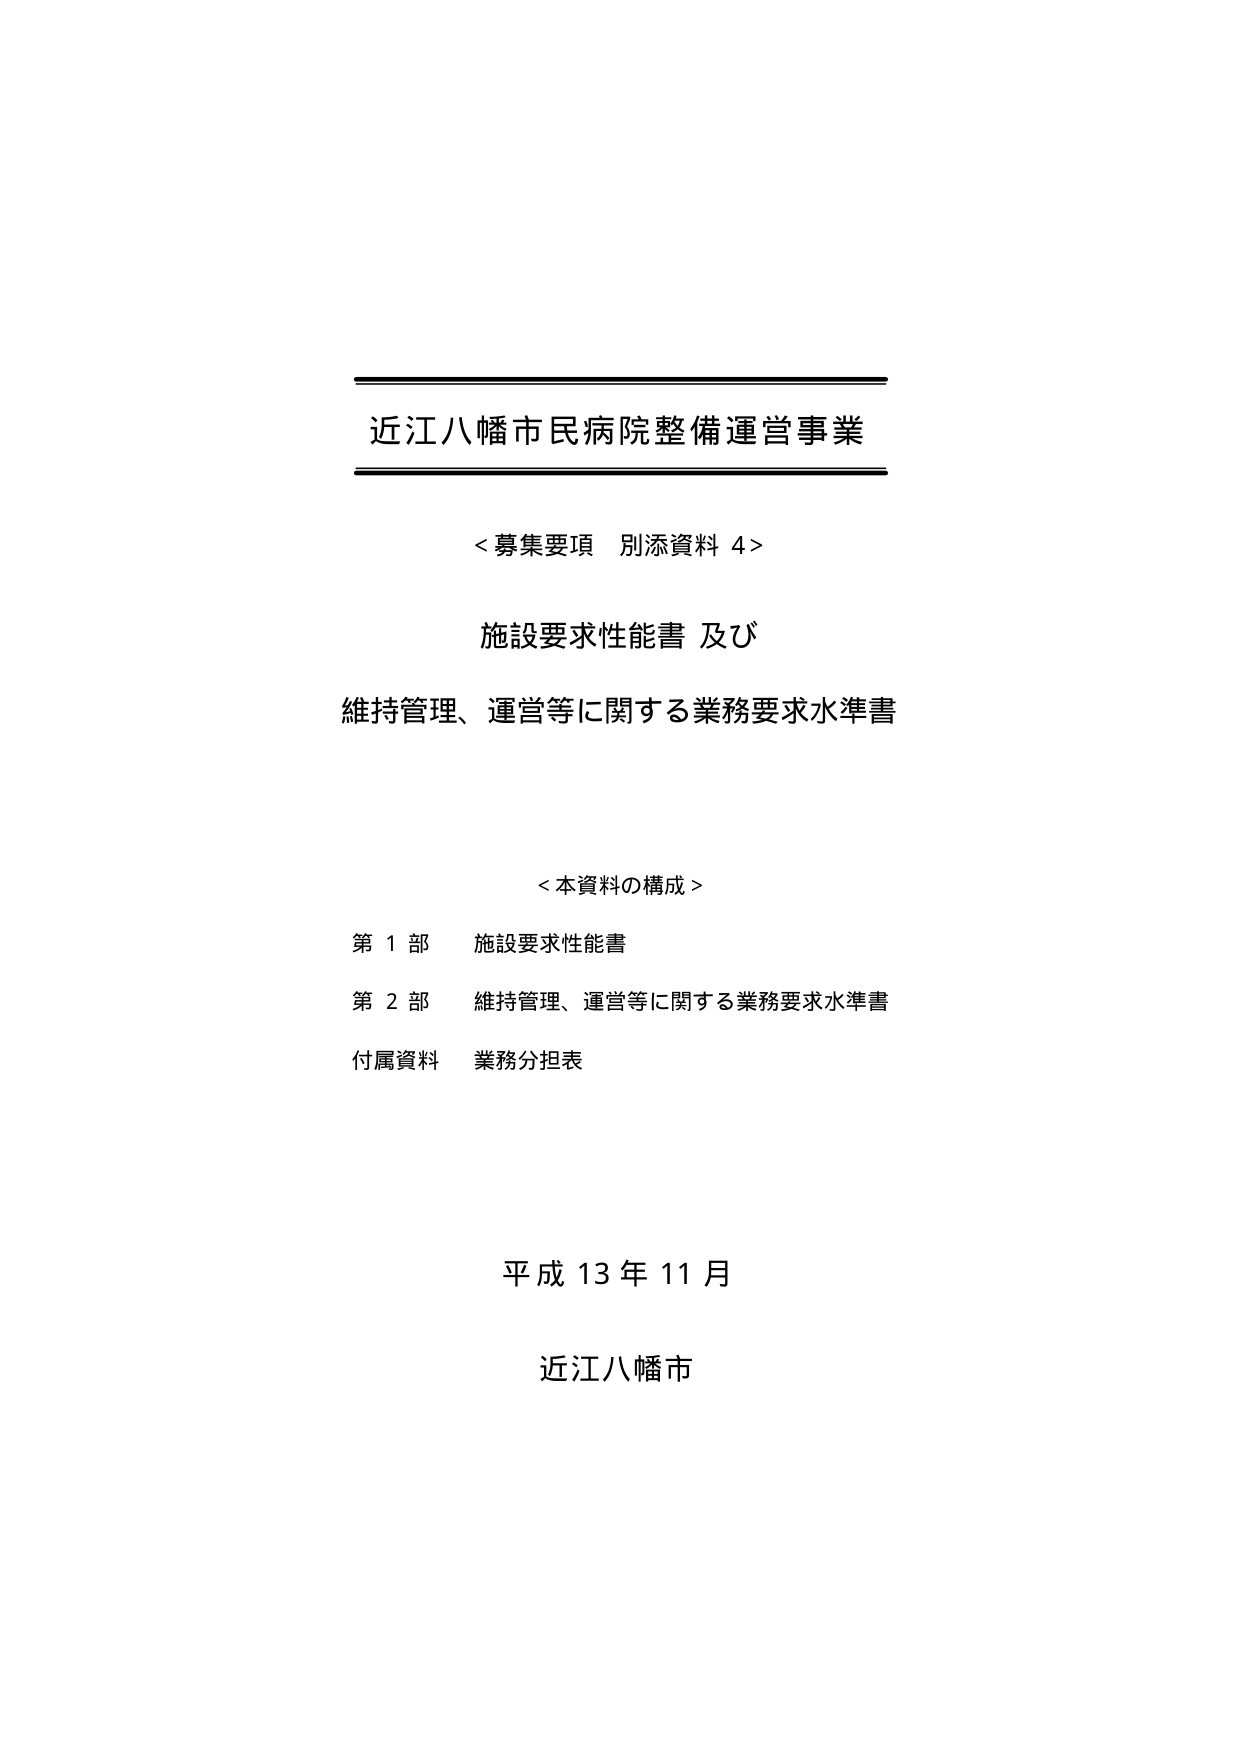
近江八幡市民病院整備運営事業

＜募集要項 別添資料 4＞

施設要求性能書 及び
維持管理、運営等に関する業務要求水準書

＜本資料の構成＞
第１部 施設要求性能書
第２部 維持管理、運営等に関する業務要求水準書
付属資料 業務分担表

平成13年11月

近江八幡市